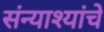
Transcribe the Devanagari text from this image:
संन्याश्यांचे